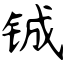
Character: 铖